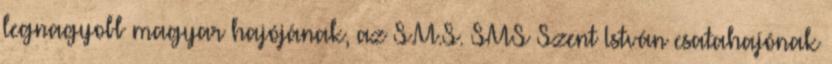
legnagyobb magyar hajójának, az S.M.S. SMS Szent István csatahajónak